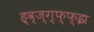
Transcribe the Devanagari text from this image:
ह्व्ज्ग्फ्फ्झ